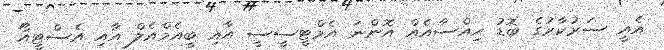
އެއީ ސަރުކާރުގެ ބޮޑު ހިއްސާއެއް އޮންނަ އެމްޓީސީސީ އާއި ބީއެމްއެލް އާއި އެސްޓީއޯ